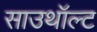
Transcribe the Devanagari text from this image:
साउथॉल्ट